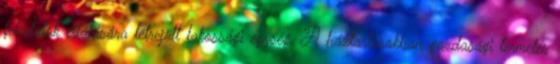
feladatok ellátására létrejött lakossági egység. A háztartásokban gazdasági termelés